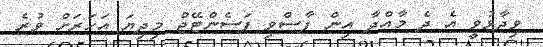
ވިދާޅުވީ އެ ދެ މާއްދާ އިން ފާސްވި ޕަސެންޓޭޖް މިދިޔަ އަހަރަށް ވުރެ